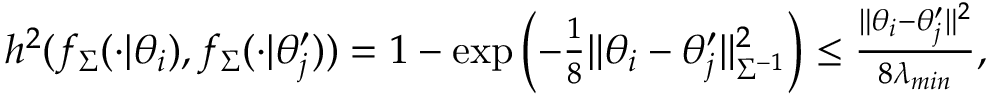
\begin{array} { r } { h ^ { 2 } ( f _ { \Sigma } ( \cdot | \theta _ { i } ) , f _ { \Sigma } ( \cdot | \theta _ { j } ^ { \prime } ) ) = 1 - \exp \left( - \frac { 1 } { 8 } \| \theta _ { i } - \theta _ { j } ^ { \prime } \| _ { \Sigma ^ { - 1 } } ^ { 2 } \right) \leq \frac { \| \theta _ { i } - \theta _ { j } ^ { \prime } \| ^ { 2 } } { 8 \lambda _ { m i n } } , } \end{array}